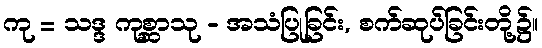
ကု = သဒ္ဒ ကုစ္ဆာသု - အသံပြုခြင်း, စက်ဆုပ်ခြင်းတို့၌။